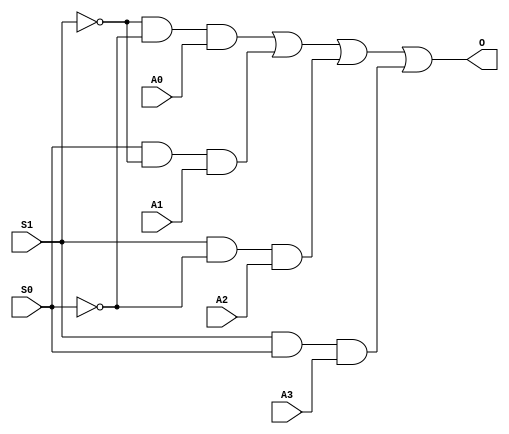
module FourinOneMultiplexer(O,A0,A1,A2,A3,S0,S1);
  input A0,A1,A2,A3,S0,S1;
  output O;
  wire S0out,S1out,A4,A5,A6,A7;
  
  not n1(S0out,S0);
  not n2(S1out,S1);
  and a1(A4,S1out,S0out,A0);
  and a2(A5,S0,S1out,A1);
  and a3(A6,S1,S0out,A2);
  and a4(A7,S1,S0,A3);
  or o1(O,A4,A5,A6,A7);  
  
  
endmodule